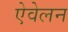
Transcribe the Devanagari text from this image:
ऐवेलन